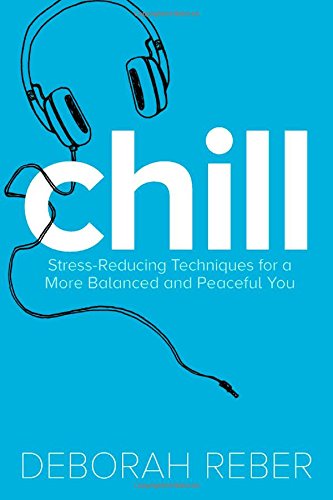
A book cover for Chill: Stress-Reducing Techniques for a More Balanced, Peaceful You; Deborah Reber; Teen & Young Adult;